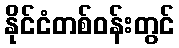
နိုင်ငံတစ်ဝန်းတွင်